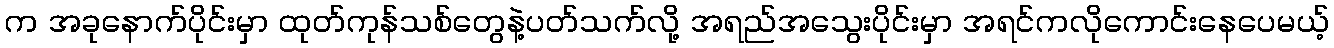
က အခုနောက်ပိုင်းမှာ ထုတ်ကုန်သစ်တွေနဲ့ပတ်သက်လို့ အရည်အသွေးပိုင်းမှာ အရင်ကလိုကောင်းနေပေမယ့်